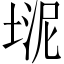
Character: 𪣮